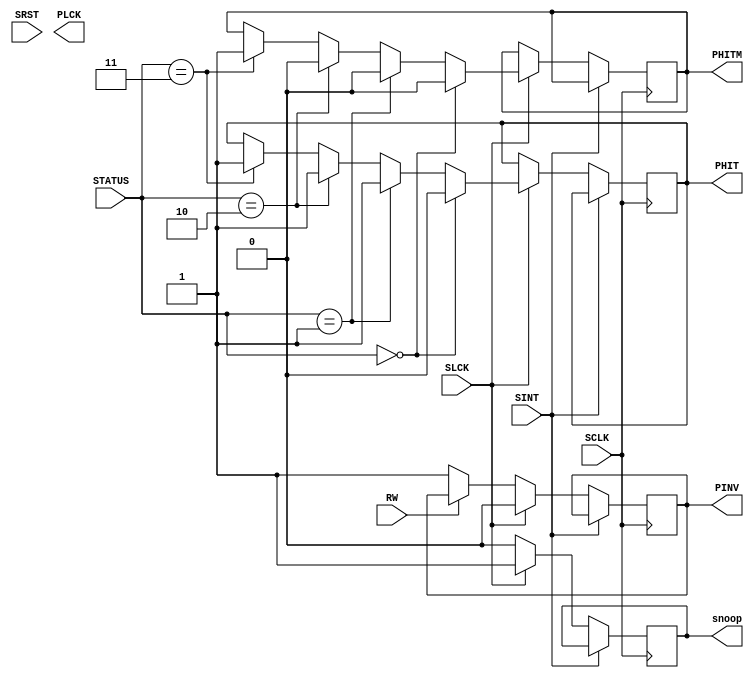
module SNOOP(SRST, SCLK, PLCK, SLCK, SINT, PHIT, PHITM, PINV, STATUS, snoop, RW);

input SRST;
input SCLK;
input SLCK;
input[1:0] STATUS;
input SINT;
input RW;
output reg PHIT;
output reg PHITM;
output reg PINV;
output reg snoop;
output PLCK;

always @(posedge SCLK) begin
if(~SINT)begin
if(SLCK)begin
  PINV <= 0;
    snoop <= 1;
    if (STATUS == 2'b00) begin 
        PHITM <= 0; 
        PHIT <= 0;
    end
    else if (STATUS == 2'b01) begin
        PHITM <= 0;
        PHIT <= 1;
    end
    else if (STATUS == 2'b10) begin 
      PHITM <= 0;
      PHIT <= 1;
    end 
    else if (STATUS == 2'b11) begin
      PHITM <= 1;
      PHIT <= 1; 
    end
end

else begin 
  snoop <= 0;
  if (~RW) begin 
    PINV <= 1;
  end
end
end
end
endmodule